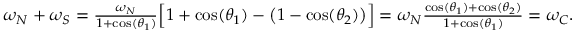
\begin{array} { r } { \omega _ { N } + \omega _ { S } = \frac { \omega _ { N } } { 1 + \cos ( \theta _ { 1 } ) } \Big [ 1 + \cos ( \theta _ { 1 } ) - \big ( 1 - \cos ( \theta _ { 2 } ) \big ) \Big ] = \omega _ { N } \frac { \cos ( \theta _ { 1 } ) + \cos ( \theta _ { 2 } ) } { 1 + \cos ( \theta _ { 1 } ) } = \omega _ { C } . } \end{array}